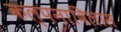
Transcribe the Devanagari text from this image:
कल्पनाविलास